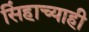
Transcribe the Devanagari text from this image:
सिंहाच्याही